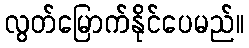
လွတ်မြောက်နိုင်ပေမည်။